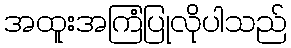
အထူးအကြံပြုလိုပါသည်